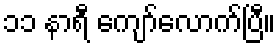
၁၁ နာရီ ကျော်လောက်ပြီ။